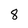
Character: 8